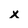
Character: x